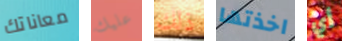
معاناتك عليك ذلك اخذتها أي